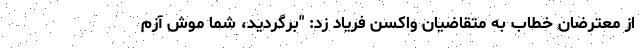
از معترضان خطاب به متقاضیان واکسن فریاد زد: "برگردید، شما موش آزم